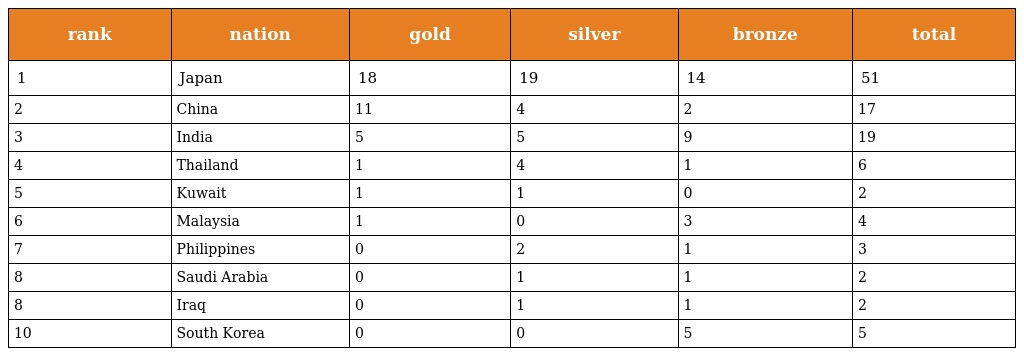
| rank | nation | gold | silver | bronze | total |
 | --- | --- | --- | --- | --- | --- |
 | 1 | Japan | 18 | 19 | 14 | 51 |
 | 2 | China | 11 | 4 | 2 | 17 |
 | 3 | India | 5 | 5 | 9 | 19 |
 | 4 | Thailand | 1 | 4 | 1 | 6 |
 | 5 | Kuwait | 1 | 1 | 0 | 2 |
 | 6 | Malaysia | 1 | 0 | 3 | 4 |
 | 7 | Philippines | 0 | 2 | 1 | 3 |
 | 8 | Saudi Arabia | 0 | 1 | 1 | 2 |
 | 8 | Iraq | 0 | 1 | 1 | 2 |
 | 10 | South Korea | 0 | 0 | 5 | 5 |